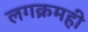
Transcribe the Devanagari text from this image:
लगक्रमही